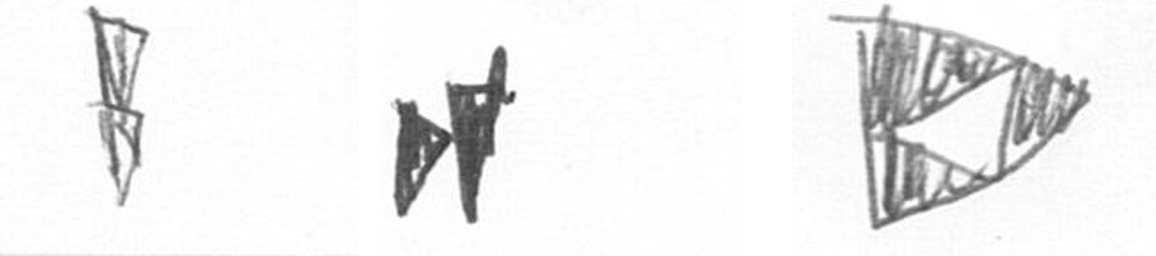
Z M K